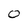
Character: 0